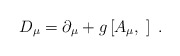
\begin{align*}D_\mu =\partial _\mu +g\left[ A_\mu ,\;\right] \;. \end{align*}